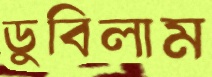
ডুবিলাম